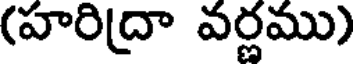
(హరిద్రా వర్ణము)